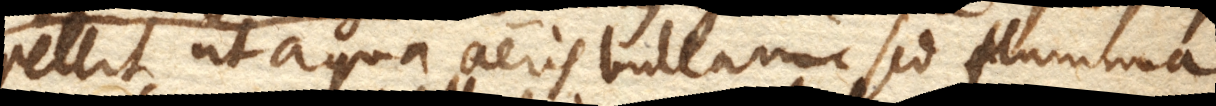
pellit, ut aqua aeris bullam, sed flamma